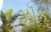
ઝૉક